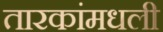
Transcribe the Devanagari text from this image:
तारकांमधली